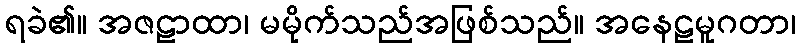
ရခဲ၏။ အဇဠာထာ၊ မမိုက်သည်အဖြစ်သည်။ အနေဠမူဂတာ၊